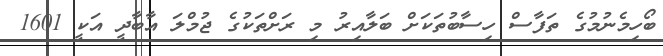
ބޯހިމެނުމުގެ ތަފާސް ހިސާބުތަކަށް ބަލާއިރު މި ރަށްތަކުގެ ޖުމްލަ އާބާދީ އަކީ 1601